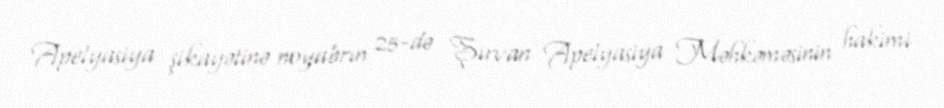
Apelyasiya şikayətinə noyabrın 25-də Şirvan Apelyasiya Məhkəməsinin hakimi